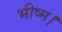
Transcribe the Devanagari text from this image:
भीष्म।